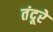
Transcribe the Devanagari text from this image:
तंदूरे